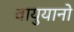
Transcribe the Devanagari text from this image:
वायुयानो